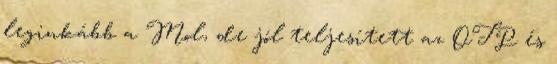
leginkább a Mol, de jól teljesített az OTP és